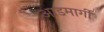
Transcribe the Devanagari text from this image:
आडमार्गीं